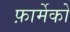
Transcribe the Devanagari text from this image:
फ़ार्मेको